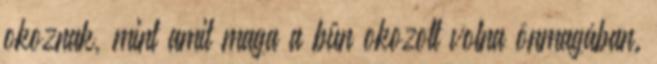
okoznak, mint amit maga a bűn okozott volna önmagában.